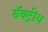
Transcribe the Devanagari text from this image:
बॅक्ट्रीय